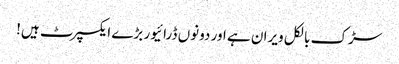
سڑک بالکل ویران ہے اور دونوں ڈرائیور بڑے ایکسپرٹ ہیں!